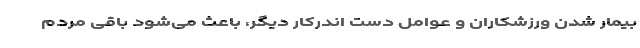
بیمار شدن ورزشکاران و عوامل دست اندرکار دیگر، باعث می‌شود باقی مردم